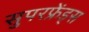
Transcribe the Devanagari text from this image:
सुपरफ्रेंड्स